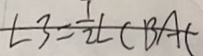
\angle 3 = \frac { 1 } { 2 } \angle C B A